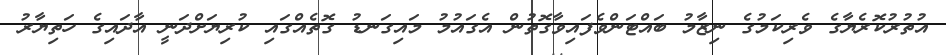
އުތުރުކޮރެޔާގެ ވެރިކަމުގެ ނިޒާމު ބައްޓަންވެފައިވާގޮތުން އެގައުމު މައިގަނޑު ގޮތެއްގައި ކުރިޔަށްދަނީ އާދައިގެ ހަތިޔާރު